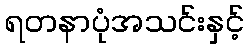
ရတနာပုံအသင်းနှင့်